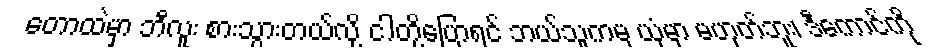
တောထဲမှာ ဘီလူး စားသွားတယ်လို့ ငါတို့ပြောရင် ဘယ်သူကမှ ယုံမှာ မဟုတ်ဘူး၊ ဒီကောင်ကို